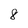
Character: 8